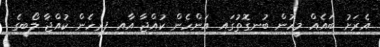
އެރަށު ބައެއް މީހުން ބުނިގޮތުގައި އަންހެން ކުއްޖާ އާއި ފިރިހެން ކުއްޖާ ލޯބީގެ